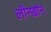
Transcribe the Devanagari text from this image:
लीनडॉन